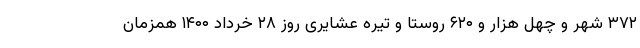
۳۷۲ شهر و چهل هزار و ۶۲۰ روستا و تیره عشایری روز ۲۸ خرداد ۱۴۰۰ همزمان